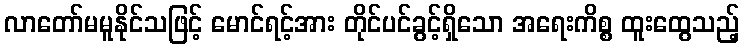
လာတော်မမူနိုင်သဖြင့် မောင်ရင့်အား တိုင်ပင်ခွင့်ရှိသော အရေးကိစ္စ ထူးထွေသည့်